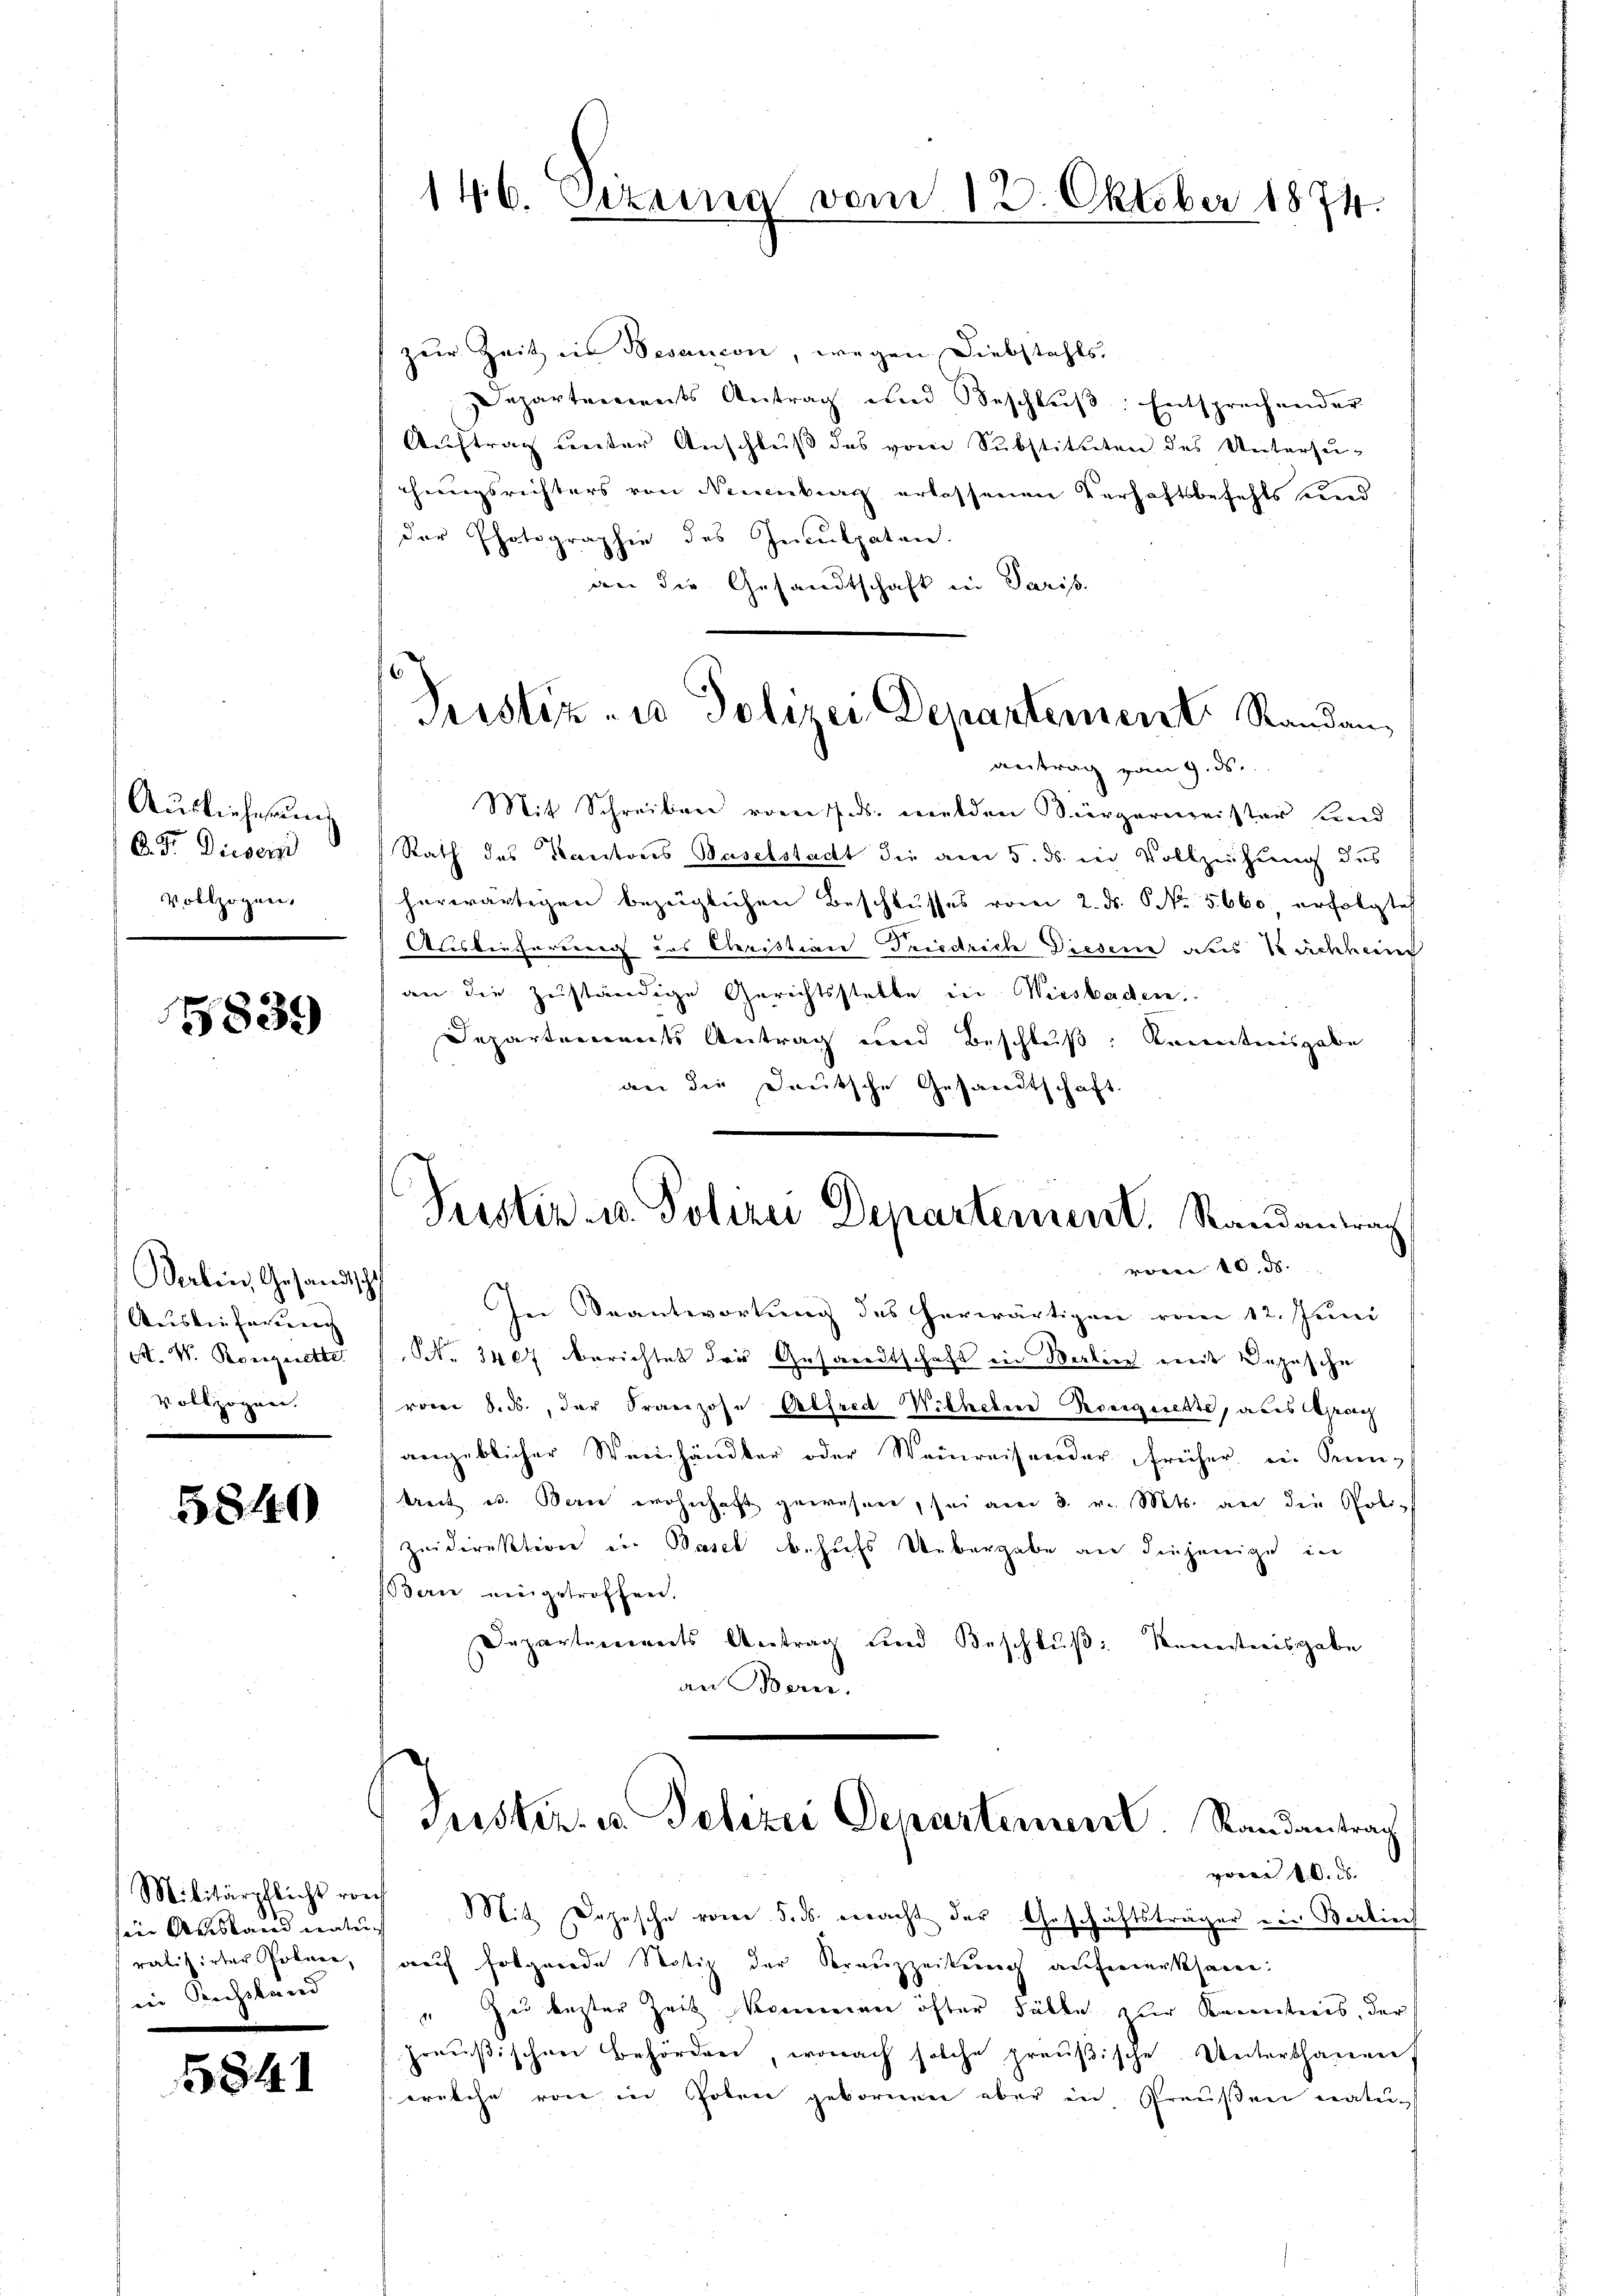
Auslieferung
C.F. Dieser
Vollzogen.

5839

Berben, Gesandtschf
Ausbei fasten
A. W. Borgarette
vollzogen.

5840

Militärpflicht vorh
8
sin Ausland natu.
ralisirter Rohner,
rei Rechstand

5841

zur Zeit in Besandon, wegen Diebstahls,
Departements Antrag und Beschlŭβ: Entsprechender
Auftrag unter Anschluß des vom Substituten des Untersuchungsrichters von Neuenburg erlassenen Verhaftsbefehls und
der Photographie des Inculpaten.
an die Gesandtschaft in Paris.

146. Fixuna vom 12. Oktober 1874.

Perstiz- u Polizei Departement Randan
antrag vom 9. ds.

Peister u. Polizei Departement. Standantrach
vom 10. ds.

Mit Schreiben vom 7. ds. melden Bürgermeister Kund
Rath des Kantons Baselstadt die am 5. ds. in Vollzeihung des
herwärtigen bezüglichen Beschlusses vom 2. ds. No. 5660 erfolgte
Auslieferung des Christian Friedrich Diesene aus Nachlein
an die zuständige Gerichtsstelle in Wiesbaden.
Departements Antrag und Beschluß: Kenntnisgabe
an die Deutsche Gesandtschaft.

In Beantwortung des herwärtigen vom 12. Juni
NNo. 3407 berichtet der Gesandtschaft in Berlin mit Bezusche
vom 8. ds., der Franzose Alfred Wilhelm Ronguette, ades Wien
angeblicher Weinhändler oder Weinreisender früher in Senn-
keit u. Berne wohnhaft gewesen, sei am 3. v. Mts. an die Polizeidirektion in Basel behufs Uebergabe an diejenige in
Bern eingetroffen.
Departements Antrag und Beschluß: Kreisterisgabe
an Bern.

Puster- u Polizei Departement. Randantrag

vor 10. ds. |
7 Mit Depesche vom 5. ds. macht der Geschäftsträger ein Berlinf
auf folgende Notiz der Krauzzeitung aufmerksamen.
"Zed bester Zeit vereinen öfter Fälle zur Kenntnis, der
preußischen Behörden, wonach solche preußische Unterthanen
welche von in Polen geborenen aber in Preußen natu